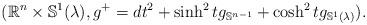
LaTeX: \begin{align*} (\mathbb{R}^n\times \mathbb{S}^1(\lambda),g^+=dt^2+\sinh^2tg_{\mathbb{S}^{n-1}}+\cosh^2tg_{\mathbb{S}^1(\lambda)}).\end{align*}